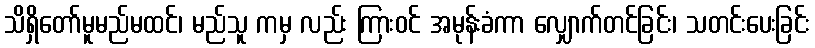
သိရှိတော်မူမည်မထင်၊ မည်သူ ကမှ လည်း ကြားဝင် အမုန်းခံကာ လျှောက်တင်ခြင်း၊ သတင်းပေးခြင်း